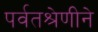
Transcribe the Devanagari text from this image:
पर्वतश्रेणीने